Indian journal of veterinary science and animal husbandry - Volume 6,
Year: 1936
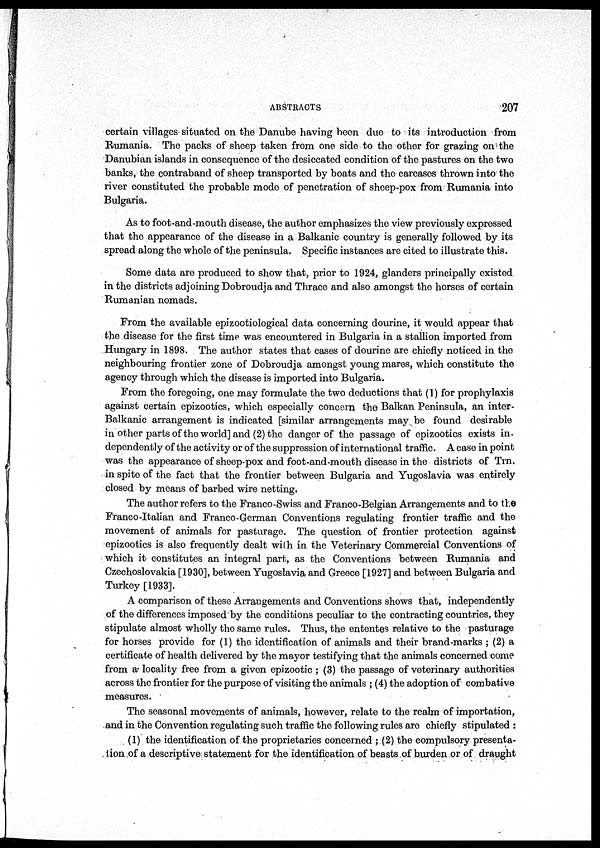
ABSTRACTS
207
certain villages situated on the Danube having been due to its introduction from
Rumania. The packs of sheep taken from one side to the other for grazing on the
Danubian islands in consequence of the desiccated condition of the pastures on the two
banks, the contraband of sheep transported by boats and the carcases thrown into the
river constituted the probable mode of penetration of sheep-pox from Rumania into
Bulgaria.
As to foot-and-mouth disease, the author emphasizes the view previously expressed
that the appearance of the disease in a Balkanic country is generally followed by its
spread along the whole of the peninsula. Specific instances are cited to illustrate this.
Some data are produced to show that, prior to 1924, glanders principally existed
in the districts adjoining Dobroudja and Thrace and also amongst the horses of certain
Rumanian nomads.
From the available epizootiological data concerning dourine, it would appear that
the disease for the first time was encountered in Bulgaria in a stallion imported from
Hungary in 1898. The author states that cases of dourine are chiefly noticed in the
neighbouring frontier zone of Dobroudja amongst young mares, which constitute the
agency through which the disease is imported into Bulgaria.
From the foregoing, one may formulate the two deductions that (1) for prophylaxis
against certain epizootics, which especially concern the Balkan Peninsula, an inter -
Balkanic arrangement is indicated [similar arrangements may be found desirable
in other parts of the world] and (2) the danger of the passage of epizootics exists in-
dependently of the activity or of the suppression of international traffic. A case in point
was the appearance of sheep-pox and foot-and-mouth disease in the districts of Trn.
in spite of the fact that the frontier between Bulgaria and Yugoslavia was entirely
closed by means of barbed wire netting.
The author refers to the Franco-Swiss and Franco-Belgian Arrangements and to the
Franco-Italian and Franco German Conventions regulating frontier traffic and the
movement of animals for pasturage. The question of frontier protection against
epizootics is also frequently dealt with in the Veterinary Commercial Conventions of
which it constitutes an integral part, as the Conventions between Rumania and
Czechoslovakia [1930], between Yugoslavia and Greece [1927] and between Bulgaria and
Turkey [1933].
A comparison of these Arrangements and Conventions shows that, independently
of the differences imposed by the conditions peculiar to the contracting countries, they
stipulate almost wholly the same rules. Thus, the ententes relative to the pasturage
for horses provide for (1) the identification of animals and their brand-marks ; (2) a
certificate of health delivered by the mayor testifying that the animals concerned come
from a locality free from a given epizootic ; (3) the passage of veterinary authorities
across the frontier for the purpose of visiting the animals ; (4) the adoption of combative
measures.
The seasonal movements of animals, however, relate to the realm of importation,
and in the Convention regulating such traffic the following rules are chiefly stipulated :
(1) the identification of the proprietaries concerned ; (2) the compulsory presenta-
tion of a descriptive statement for the identification of beasts of burden or of draught